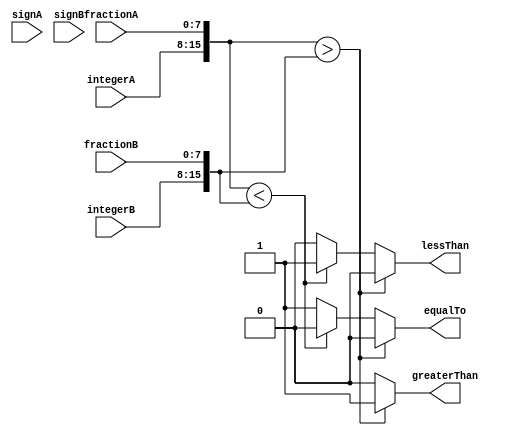
module FixedPointComparator(
    input signed [3:0] signA,
    input [7:0] integerA,
    input [7:0] fractionA,
    input signed [3:0] signB,
    input [7:0] integerB,
    input [7:0] fractionB,
    output reg greaterThan,
    output reg lessThan,
    output reg equalTo
);

reg signed [3:0] signDiff;
reg [15:0] numA;
reg [15:0] numB;

always @* begin
    numA = {signA, integerA, fractionA};
    numB = {signB, integerB, fractionB};
    
    if (numA > numB) begin
        greaterThan = 1;
        lessThan = 0;
        equalTo = 0;
    end
    else if (numA < numB) begin
        greaterThan = 0;
        lessThan = 1;
        equalTo = 0;
    end
    else begin
        greaterThan = 0;
        lessThan = 0;
        equalTo = 1;
    end
    
    signDiff = (signA ^ signB);
end

always @* begin
    //overflow and underflow conditions
    if (signDiff == 1 && greaterThan == 1) begin
        //overflow condition
        //handle overflow logic
    end
    else if (signDiff == 0 && lessThan == 1) begin
        //underflow condition
        //handle underflow logic
    end
end

endmodule